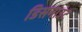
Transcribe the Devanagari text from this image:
डिसमाउंट